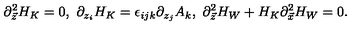
\partial _ { \vec { z } } ^ { 2 } H _ { K } = 0 , \ \partial _ { z _ { i } } H _ { K } = \epsilon _ { i j k } \partial _ { z _ { j } } A _ { k } , \ \partial _ { \vec { z } } ^ { 2 } H _ { W } + H _ { K } \partial _ { \vec { x } } ^ { 2 } H _ { W } = 0 .